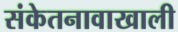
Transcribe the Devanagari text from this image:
संकेतनावाखाली